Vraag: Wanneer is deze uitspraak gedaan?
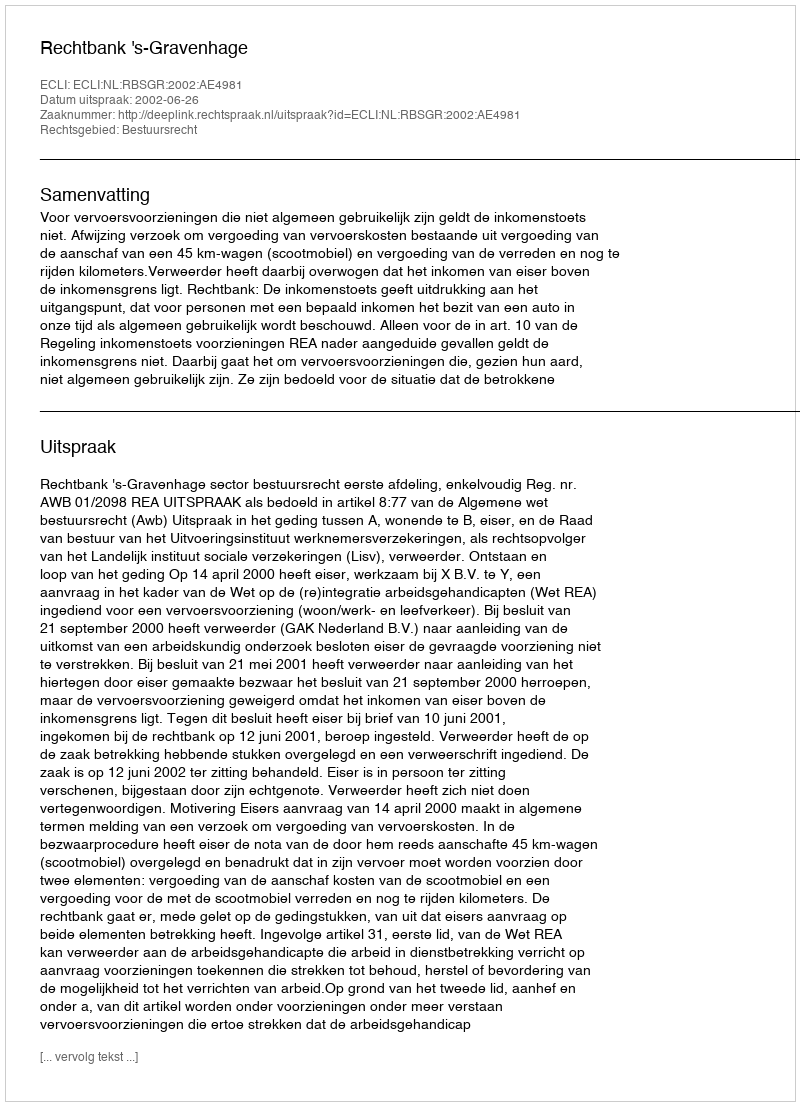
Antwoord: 2002-06-26